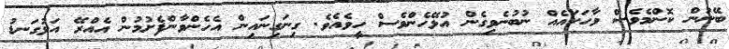
ބޭނުން ކޮންމެވެސް ވާހަކައެއް ނުބުނެވިގެން އުޅޭހެންވެސް ހީވެއެވެ. ގިނަގިނައިން އެހެންވާންފެށުމުން އެއްރޭ އަޅުގަނޑު